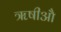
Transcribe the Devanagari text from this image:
ॠषीऔ